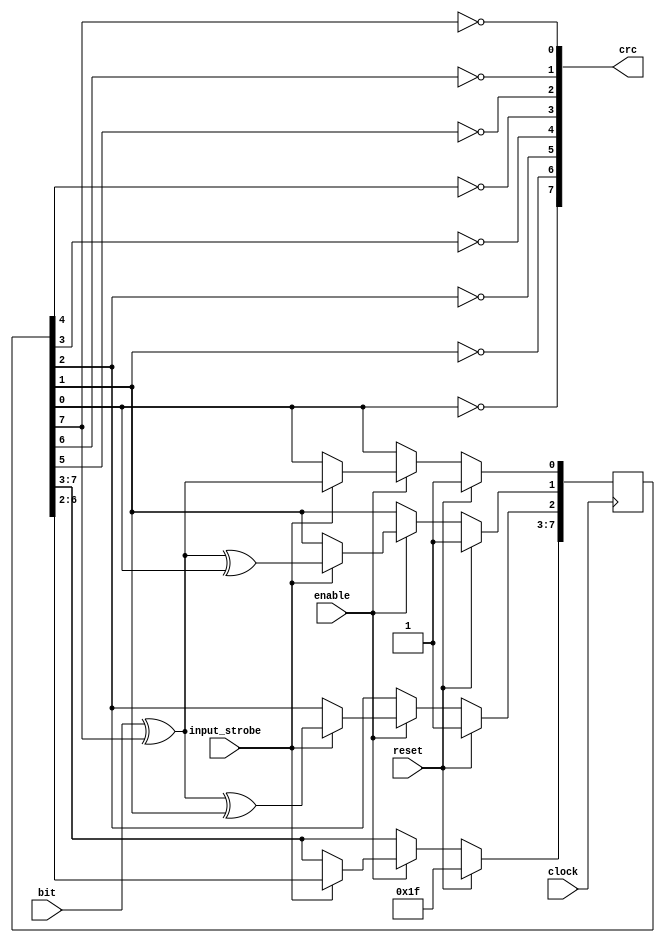
module ht_sig_crc
(
    input clock,
    input enable,
    input reset,

    input bit,
    input input_strobe,

    output [7:0] crc
);

reg [7:0] C;
genvar i;

generate
for (i = 0; i < 8; i=i+1) begin: reverse
    assign crc[i] = ~C[7-i];
end
endgenerate


always @(posedge clock) begin
    if (reset) begin
        C <= 8'hff;
    end else if (enable) begin
        if (input_strobe) begin
            C[0] <= bit ^ C[7];
            C[1] <= bit ^ C[7] ^ C[0];
            C[2] <= bit ^ C[7] ^ C[1];
            C[7:3] <= C[6:2];
        end
    end
end

endmodule